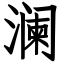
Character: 澜